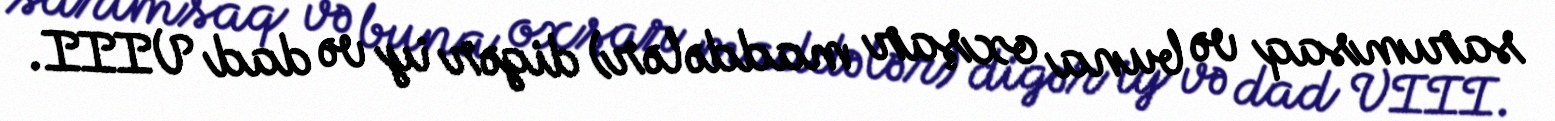
sarımsaq və buna oxşar maddələr) digər iy və dad VIII.